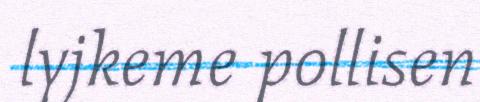
lyjkeme pollisen